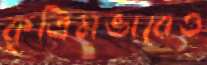
কৃত্রিমভাবেও